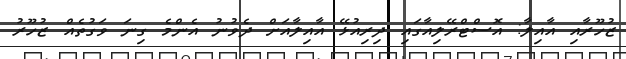
ޒުހޫރާއި އާއިލާ: އޮސްޓްރޭލިއާގައި ދިރިއުޅޭ އާއިލާއަށް ދެވުނު އެންމެ ގިނަ ވަގުތެއް ޒުހޫރު